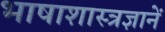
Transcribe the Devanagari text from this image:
भाषाशास्त्रज्ञानें